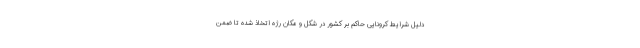
دلیل شرایط کرونایی حاکم بر کشور در شکل و مکان رژه اتخاذ شده تا ضمن